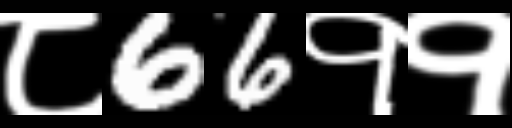
Text: ८66११